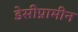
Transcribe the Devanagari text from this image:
डेसीप्रामीन